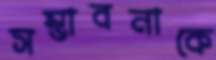
সম্ভাবনাকে